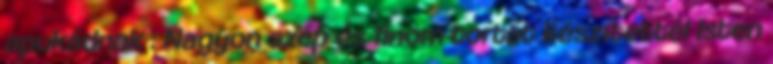
apukádnak : Nagyon szép és finom tortát készítettél Isten